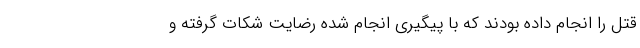
قتل را انجام داده بودند که با پیگیری انجام شده رضایت شکات گرفته و